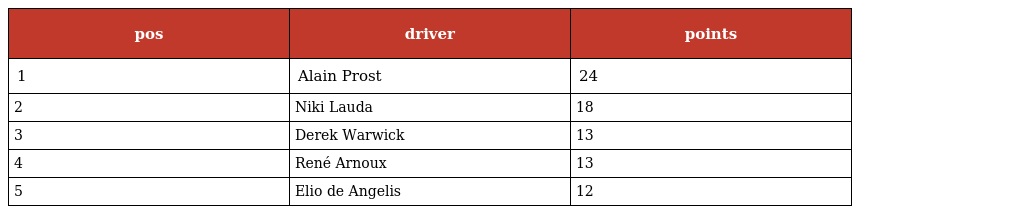
| pos | driver | points |
 | --- | --- | --- |
 | 1 | Alain Prost | 24 |
 | 2 | Niki Lauda | 18 |
 | 3 | Derek Warwick | 13 |
 | 4 | René Arnoux | 13 |
 | 5 | Elio de Angelis | 12 |